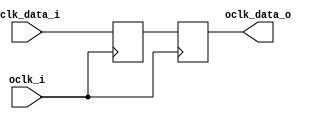


module bsg_sync_sync_8_unit
(
  oclk_i,
  iclk_data_i,
  oclk_data_o
);

  input [7:0] iclk_data_i;
  output [7:0] oclk_data_o;
  input oclk_i;
  reg [7:0] bsg_SYNC_1_r,oclk_data_o;

  always @(posedge oclk_i) begin
    if(1'b1) begin
      { bsg_SYNC_1_r[7:0] } <= { iclk_data_i[7:0] };
      { oclk_data_o[7:0] } <= { bsg_SYNC_1_r[7:0] };
    end 
  end


endmodule



module bsg_sync_sync_width_p32
(
  oclk_i,
  iclk_data_i,
  oclk_data_o
);

  input [31:0] iclk_data_i;
  output [31:0] oclk_data_o;
  input oclk_i;
  wire [31:0] oclk_data_o;

  bsg_sync_sync_8_unit
  maxb_0__bss8
  (
    .oclk_i(oclk_i),
    .iclk_data_i(iclk_data_i[7:0]),
    .oclk_data_o(oclk_data_o[7:0])
  );


  bsg_sync_sync_8_unit
  maxb_1__bss8
  (
    .oclk_i(oclk_i),
    .iclk_data_i(iclk_data_i[15:8]),
    .oclk_data_o(oclk_data_o[15:8])
  );


  bsg_sync_sync_8_unit
  maxb_2__bss8
  (
    .oclk_i(oclk_i),
    .iclk_data_i(iclk_data_i[23:16]),
    .oclk_data_o(oclk_data_o[23:16])
  );


  bsg_sync_sync_8_unit
  maxb_3__bss8
  (
    .oclk_i(oclk_i),
    .iclk_data_i(iclk_data_i[31:24]),
    .oclk_data_o(oclk_data_o[31:24])
  );


endmodule